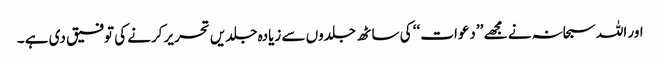
اور اللہ سبحانہ نے مجھے ’’دعوات ‘‘ کی ساٹھ جلدوں سے زیادہ جلدیں تحریر کرنے کی توفیق دی ہے ۔